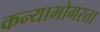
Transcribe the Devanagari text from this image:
कन्याभोगरता